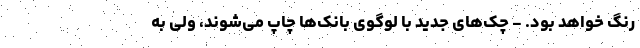
رنگ خواهد بود. - چک‌های جدید با لوگوی بانک‌ها چاپ می‌شوند، ولی به